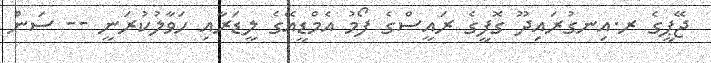
ޖޭޕީގެ ރ.އިނގުރައިދޫ ގޮފީގެ ރައީސްގެ ފޯމު އެމްޑީއޭގެ ލީޑަރާއި ހަވާލުކުރަނީ -- ސަން